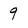
Character: 9